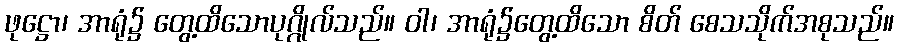
ဖုဋ္ဌော၊ အာရုံ၌ တွေ့ထိသောပုဂ္ဂိုလ်သည်။ ဝါ၊ အာရုံ၌တွေ့ထိသော စိတ် စေသသိုက်အစုသည်။